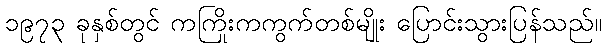
၁၉၇၃ ခုနှစ်တွင် ကကြိုးကကွက်တစ်မျိုး ပြောင်းသွားပြန်သည်။